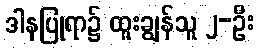
ဒါနပြုရာ၌ ထူးချွန်သူ ၂-ဦး